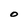
Character: O